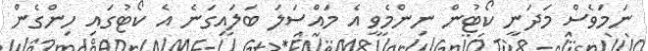
ނަމަވެސް މަދަނީ ކޯޓުން ނިންމެވީ އެ މައްސަލަ ބަލައިގަނެ އެ ކޯޓުގައި ހިންގެން